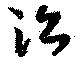
治